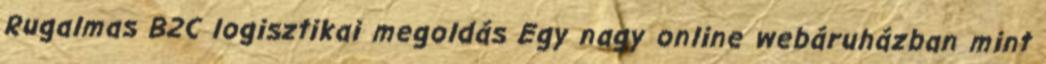
Rugalmas B2C logisztikai megoldás Egy nagy online webáruházban mint